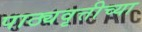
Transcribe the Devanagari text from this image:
पाठ्यवृत्तीच्या